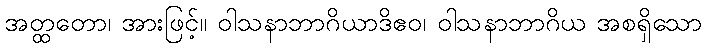
အတ္ထတော၊ အားဖြင့်။ ဝါသနာဘာဂိယာဒိဧဝ၊ ဝါသနာဘာဂိယ အစရှိသော